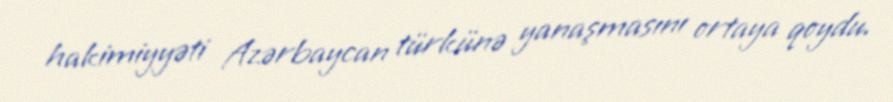
hakimiyyəti Azərbaycan türkünə yanaşmasını ortaya qoydu.